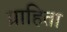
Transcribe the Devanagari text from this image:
ग्राहिता